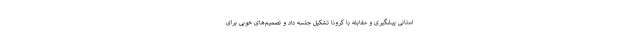
استانی پیشگیری و مقابله با کرونا تشکیل جلسه داد و تصمیم‌های خوبی برای